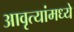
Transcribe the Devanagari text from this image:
आवृत्यांमध्ये